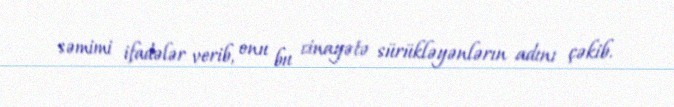
səmimi ifadələr verib, onu bu cinayətə sürükləyənlərın adını çəkib.